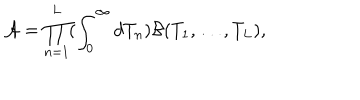
{ \cal A } = \prod _ { n = 1 } ^ { L } ( \int _ { 0 } ^ { \infty } d T _ { n } ) { \cal B } ( T _ { 1 } , \ldots , T _ { L } ) ,